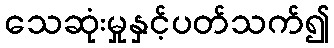
သေဆုံးမှုနှင့်ပတ်သက်၍